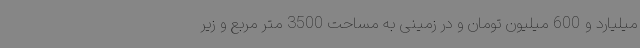
میلیارد و 600 میلیون تومان و در زمینی به مساحت 3500 متر مربع و زیر